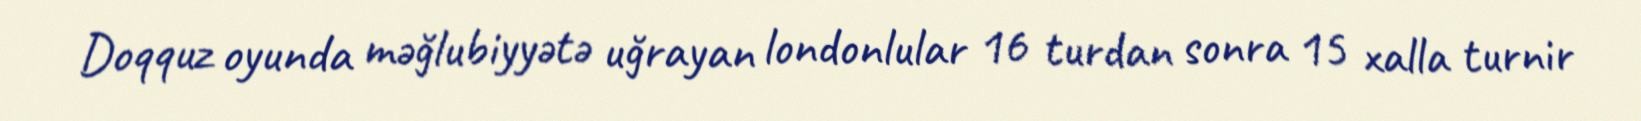
Doqquz oyunda məğlubiyyətə uğrayan londonlular 16 turdan sonra 15 xalla turnir